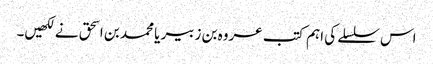
اس سلسلے کی اہم کتب عروہ بن زبیر یا محمد بن اسحق نے لکھیں۔